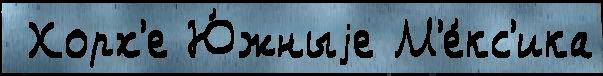
 Хорх'е Ю́жныjе М'е́кс'ика